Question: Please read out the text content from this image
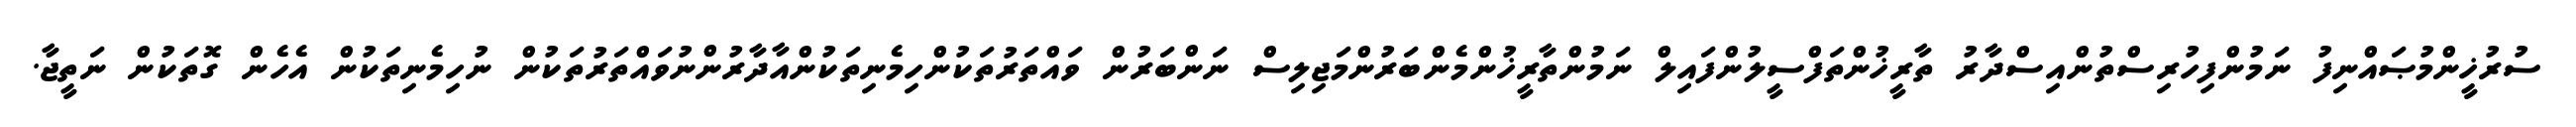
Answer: ސުރުޚީންމުޞައްނިފު ނަމުންފިހުރިސްތުންއިސްދާރު ތާރީޚުންތަފްސީލުންފައިލް ނަމުންތާރީޚުންމެންބަރުންމަޖިލިސް ނަންބަރުން ވައްތަރުތަކުންހިމެނިތަކުންއާދާރުންނުވައްތަރުތަކުން ނުހިމެނިތަކުން އެހެން ގޮތަކުން ނަތީޖާ.